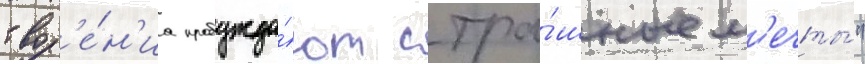
твор'е́н'иа пробужда́ют стра́шные м'ечты́"